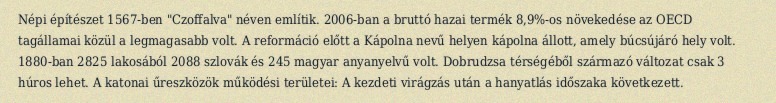
Népi építészet 1567-ben "Czoffalva" néven említik. 2006-ban a bruttó hazai termék 8,9%-os növekedése az OECD tagállamai közül a legmagasabb volt. A reformáció előtt a Kápolna nevű helyen kápolna állott, amely búcsújáró hely volt. 1880-ban 2825 lakosából 2088 szlovák és 245 magyar anyanyelvű volt. Dobrudzsa térségéből származó változat csak 3 húros lehet. A katonai űreszközök működési területei: A kezdeti virágzás után a hanyatlás időszaka következett.